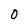
Character: 0